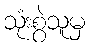
သုံးစွဲသူမှ